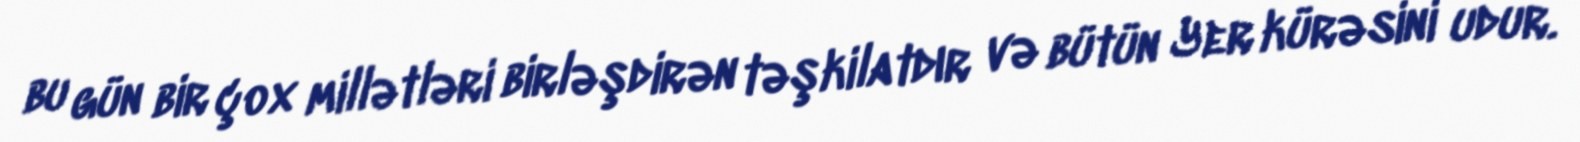
bu gün bir çox millətləri birləşdirən təşkilatdır və bütün Yer kürəsini udur.